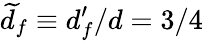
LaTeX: \widetilde{d}_{f}\equiv d_{f}^{\prime}/d=3/4